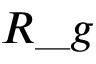
R \_ g